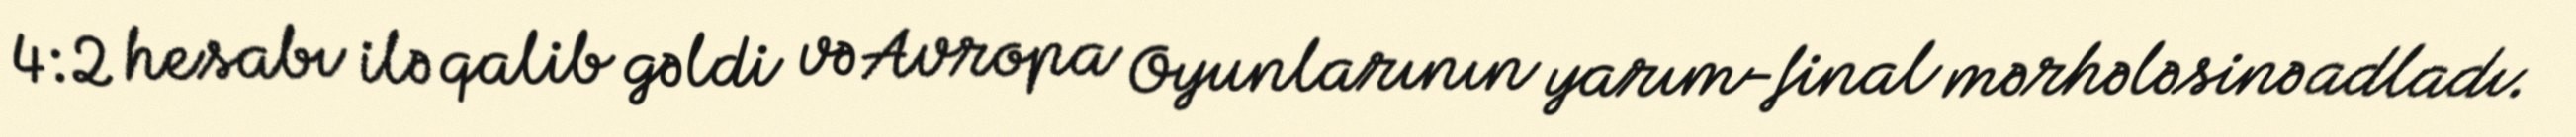
4:2 hesabı ilə qalib gəldi və Avropa Oyunlarının yarım-final mərhələsinə adladı.